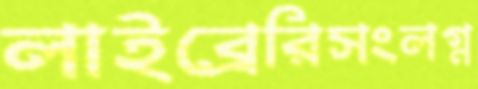
লাইব্রেরিসংলগ্ন